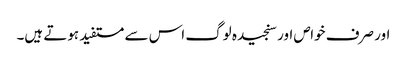
اور صرف خواص اور سنجیدہ لوگ اس سے مستفید ہوتے ہیں۔